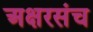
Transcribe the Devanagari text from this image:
अक्षरसंच